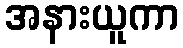
အနားယူကာ